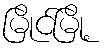
မြိုင်မြို့